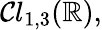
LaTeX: {\mathcal{Cl}}_{1,3}(\mathbb{R}),